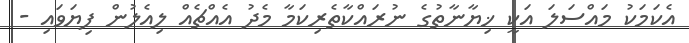
އެކަމަކު މައްސަލަ އަކީ ޚިޔާނާތުގެ ނުރައްކާތެރިކަމާ މެދު އެއްޗެއް ލިއެލުން ފިޔަވައި -